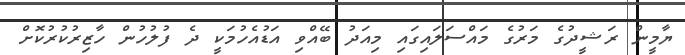
ޔާމީން ރަޝީދުގެ މަރުގެ މައްސަލައިގައި މިއަދު ބޭއްވި އަޑުއެހުމަކީ ދެ ފުލުހުން ހާޒިރުކުރުކޮށް